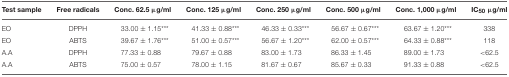
| Test sample | Free radicals | Conc. 62.5 μg/ml | Conc. 125 μg/ml | Conc. 250 μg/ml | Conc. 500 μg/ml | Conc. 1,000 μg/ml | IC50 μg/ml |
 | --- | --- | --- | --- | --- | --- | --- | --- |
 | EO | DPPH | 33.00 ± 1.15*** | 41.33 ± 0.88*** | 46.33 ± 0.33*** | 56.67 ± 0.67*** | 63.67 ± 1.20*** | 338 |
 | EO | ABTS | 39.67 ± 1.76*** | 51.00 ± 0.57*** | 56.67 ± 1.20*** | 62.00 ± 0.57*** | 64.33 ± 0.88*** | 118 |
 | A.A | DPPH | 77.33 ± 0.88 | 79.67 ± 0.88 | 83.00 ± 1.73 | 86.33 ± 1.45 | 89.00 ± 1.73 | <62.5 |
 | A.A | ABTS | 75.00 ± 0.57 | 78.00 ± 1.15 | 81.67 ± 0.67 | 85.67 ± 0.33 | 91.33 ± 0.88 | <62.5 |